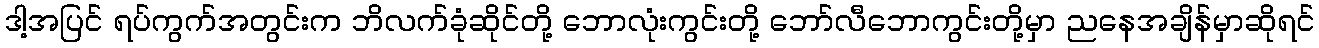
ဒါ့အပြင် ရပ်ကွက်အတွင်းက ဘိလက်ခုံဆိုင်တို့ ဘောလုံးကွင်းတို့ ဘော်လီဘောကွင်းတို့မှာ ညနေအချိန်မှာဆိုရင်